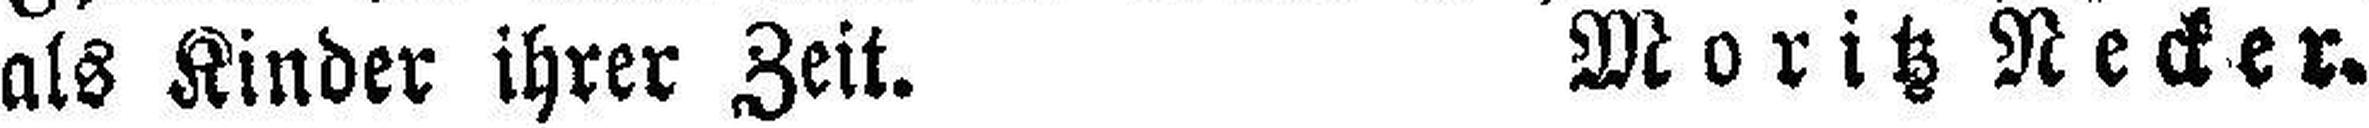
als Kinder ihrer Zeit. Moritz Necker.